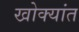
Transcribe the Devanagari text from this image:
खोक्यांत